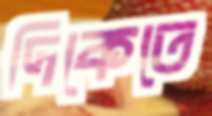
দিকেতে